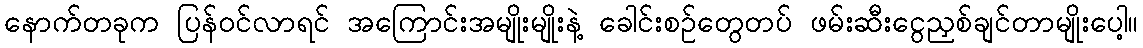
နောက်တခုက ပြန်ဝင်လာရင် အကြောင်းအမျိုးမျိုးနဲ့ ခေါင်းစဉ်တွေတပ် ဖမ်းဆီးငွေညှစ်ချင်တာမျိုးပေါ့။